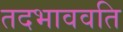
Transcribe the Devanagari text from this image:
तदभाववति